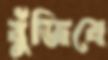
বুঁজিবে